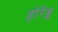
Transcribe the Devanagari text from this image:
होरेंड्स